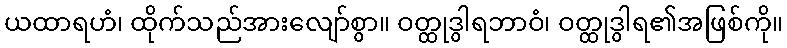
ယထာရဟံ၊ ထိုက်သည်အားလျော်စွာ။ ဝတ္ထုဒွါရဘာဝံ၊ ဝတ္ထုဒွါရ၏အဖြစ်ကို။